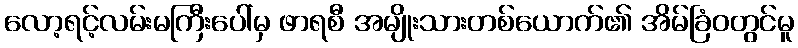
လော့ရင့်လမ်းမကြီးပေါ်မှ ဖာရစီ အမျိုးသားတစ်ယောက်၏ အိမ်ခြံဝတွင်မူ